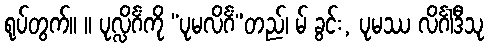
ရုပ်တွက်။ ။ ပုလ္လိင်္ဂံကို “ပုမလိင်္ဂံ”တည်၊ မ် ခွင်း, ပုမဿ လိင်္ဂါဒီသု